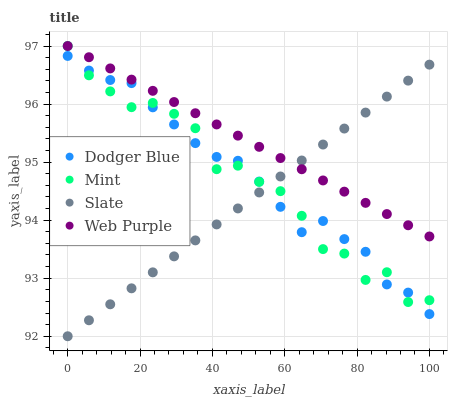
| xaxis_label | Dodger Blue | Mint | Slate | Web Purple |
 | --- | --- | --- | --- | --- |
 | 0 | 96.8 | 97 | 92 | 97 |
 | 5.88 | 96.6 | 96.5 | 92.3 | 96.8 |
 | 11.8 | 96.4 | 96.2 | 92.6 | 96.6 |
 | 17.6 | 96.4 | 95.9 | 92.8 | 96.4 |
 | 23.5 | 95.9 | 96 | 93.1 | 96.2 |
 | 29.4 | 95.6 | 95.8 | 93.4 | 96 |
 | 35.3 | 95.3 | 95.6 | 93.7 | 95.8 |
 | 41.2 | 95.1 | 94.9 | 93.9 | 95.6 |
 | 47.1 | 95 | 94.9 | 94.2 | 95.5 |
 | 52.9 | 94.7 | 94.7 | 94.5 | 95.3 |
 | 58.8 | 94.2 | 94.5 | 94.8 | 95.1 |
 | 64.7 | 93.8 | 94.1 | 95 | 94.9 |
 | 70.6 | 94 | 93.5 | 95.3 | 94.7 |
 | 76.5 | 93.7 | 93.4 | 95.6 | 94.5 |
 | 82.4 | 93.5 | 93 | 95.9 | 94.3 |
 | 88.2 | 92.9 | 93.1 | 96.1 | 94.1 |
 | 94.1 | 92.8 | 92.6 | 96.4 | 93.9 |
 | 100 | 92.4 | 92.6 | 96.7 | 93.7 |